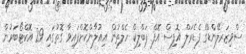
ސްވިޒަރލޭންޑްގެ ފެޑެރަލް އޮފިސް އޮފް ޕަބްލިކް ހެލްތުން އިއުލާންކޮށްފައިވާ ގޮތުގައި 29 އޮކްޓޯބަރުން